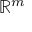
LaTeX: \mathbb { R } ^ { m }